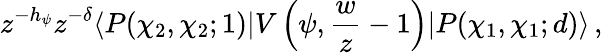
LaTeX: z^{-h_{\psi}}z^{-\delta}\langle P(\chi_{2},\chi_{2};1)|V\left(\psi,{\frac{w}{z}}-1\right)|P(\chi_{1},\chi_{1};d)\rangle\, ,